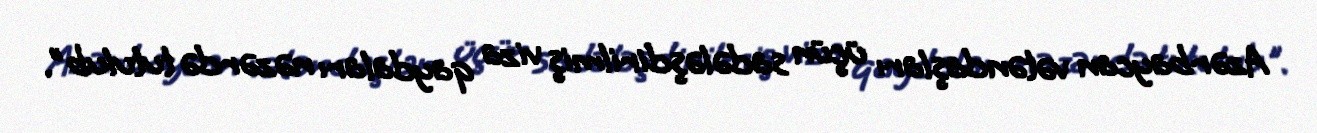
Azərbaycan vətəndaşları üçün sadələşdirilmiş viza qaydaları nəzərdə tutulub".